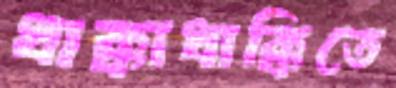
ধাক্কাধাক্কিতে